Annual administration report of the Civil Veterinary Department of India - 1895-1896
Year: 1895
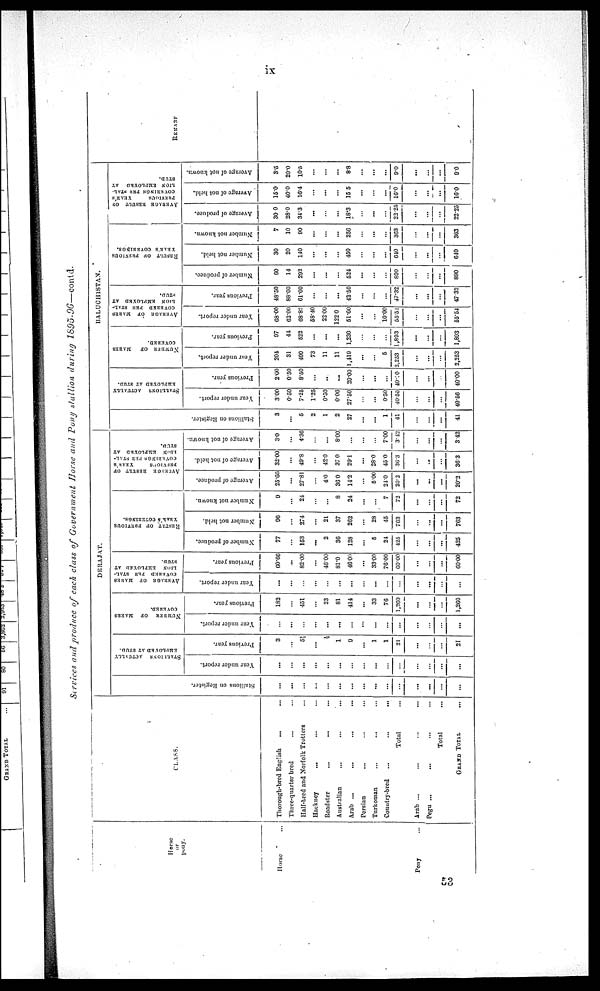
ix
Services and produce of each class of Government Horse and Pony stallion during
1895-96—contd.
Horse
or
pony.
Horse...
Pony...
CLASS.
Thorough-bred English ... ...
Three-quarter bred ... ...
Half-bred and Norfolk Trotters ...
Hackney ... ... ...
Roadster ... ... ...
Australian ... ... ...
Arab ... ... ...
Persian ... ... ...
Turkoman ... ... ...
Country-bred
...
...
...
Total...
Arab ... ... ... ...
Pegu ... ... ... ...
Total
GRAND TOTAL ...
DERAJAT.
Stallions on Register.
...
...
...
...
...
...
...
...
...
...
...
...
...
...
...
STALLIONS ACTUALLY
EMPLOYED AT STUD.
Year under report.
...
...
...
...
...
...
...
...
...
...
...
...
...
...
...
Previous year.
3
...
5½
...
½
1
9
...
1
1
21
...
...
...
21
NUMBER OF MARES
COVERED.
Year under report.
...
...
...
...
...
...
...
...
...
...
...
...
...
...
...
Previous year.
182
...
451
...
23
81
414
...
33
76
1,260
...
...
...
1,260
AVERAGE
OF
MARES
COVERED PER STAL-
LION EMPLOYED AT
STUD.
Year under report.
...
...
...
...
...
...
...
...
...
...
...
...
...
...
...
Previous year.
60.66
...
82.00
...
46.00
81.0
46.00
...
33.00
76.00
60.00
...
...
...
60.00
RESULT
OF
PREVIOUS
YEAR'S COVERINGS.
Number of produce.
77
...
153
...
2
36
128
...
5
24
425
...
...
...
425
Number not held.
96
...
274
...
21
37
262
...
28
45
763
...
...
...
763
Number not known.
9
...
24
...
...
8
24
...
...
7
72
...
...
...
72
AVERAGE
RESULT
OF
PREVIOUS
YEAR'S
COVERINGS PER STAL-
LION
EMPLOYED AT
STUD.
Average of produce.
25.66
...
27.8
...
4.0
36.0
14.2
...
5.00
24.0
20.2
...
...
...
20.2
Average of not held.
32.00
...
49.8
...
42.0
37.0
29.1
...
28.0
45.0
36.3
...
...
...
36.3
Average of not known.
3.0
...
4.36
...
...
8.00
...
...
...
7.00
3.42
...
...
...
3.42
BALUCHISTAN.
Stallions on Register.
3
...
5
2
1
2
27
...
...
1
41
...
...
...
41
STALLIONS ACTUALLY
EMPLOYED
AT
STUD.
Year under report.
3 00
0.50
7.25
1.25
0.50
0.06
27.50
...
...
0.50
40.56
...
...
...
40.56
Previous year.
2.00
0.50
8.50
...
...
...
29.00
...
...
...
40.00
...
...
...
40.00
NUMBER OF MARES
COVERED.
Year under report.
204
31
499
73
11
11
1,419
...
...
5
2,253
...
...
...
2,253
Previous year.
97
44
522
...
...
...
1,230
...
...
...
1,893
...
...
...
1,893
AVERAGE
RESULT
OF
PREVIOUS
YEAR'S
COVERINGS PER STAL-
LION EMPLOYED AT
STUD.
Year under report.
68.00
62.00
68.82
58.40
22.00
122.0
51.60
...
...
10.00
55.54
...
...
...
55.54
Previous year.
48.50
88.00
61.00
...
...
...
42.50
...
...
...
47.32
...
...
...
47.32
RESULT
OF
PREVIOUS
YEAR'S COVERINGS.
Number of produce.
60
14
292
...
...
...
524
...
...
...
890
...
...
...
890
Number not held.
30
20
140
...
...
...
450
...
...
...
640
...
...
...
640
Number not known.
7
10
90
...
...
...
256
...
...
...
363
...
...
...
363
AVERAGE
RESULT
OF
PREVIOUS
YEAR'S
COVERINGS PER STAL-
LION EMPLOYED AT
STUD.
Average of produce.
30 0
28.0
34.3
...
...
...
18.3
...
...
...
22.25
...
...
...
22.25
Average of not held.
15.0
40.0
16.4
...
...
...
15.5
...
...
...
16.0
......
...
...
16.0
Average of not known.
3.5
20.0
10.5
...
...
...
8.8
...
...
...
9.0
...
...
...
9.0
REMARKS.
53